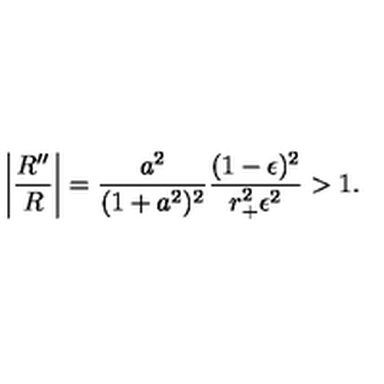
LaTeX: \left| { \frac { R ^ { \prime \prime } } { R } } \right| = { \frac { a ^ { 2 } } { ( 1 + a ^ { 2 } ) ^ { 2 } } } { \frac { ( 1 - \epsilon ) ^ { 2 } } { r _ { + } ^ { 2 } \epsilon ^ { 2 } } } > 1 .